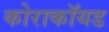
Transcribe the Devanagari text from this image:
कोराकॉयड